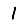
Digit: 1